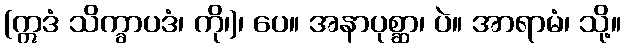
(ဣဒံ သိက္ခာပဒံ၊ ကို၊)၊ ပေ။ အနာပုစ္ဆာ၊ ပဲ။ အာရာမံ၊ သို့။